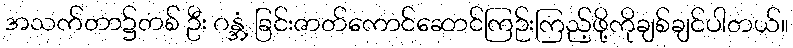
အသက်တာ၌တစ် ဦး ဂန္အံ့ ခြင်းဇာတ်ကောင်ဆောင်ကြဉ်းကြည့်ဖို့ကိုချစ်ချင်ပါတယ်။